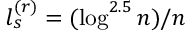
l _ { s } ^ { ( r ) } = ( \log ^ { 2 . 5 } n ) / n